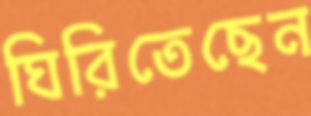
ঘিরিতেছেন